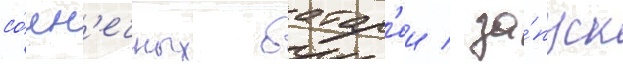
со́лн'ечных батар'еи / за́пуск